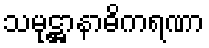
သမုဋ္ဌာနာဓိကရဏာ